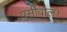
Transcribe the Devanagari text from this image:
पर्सीवाल।